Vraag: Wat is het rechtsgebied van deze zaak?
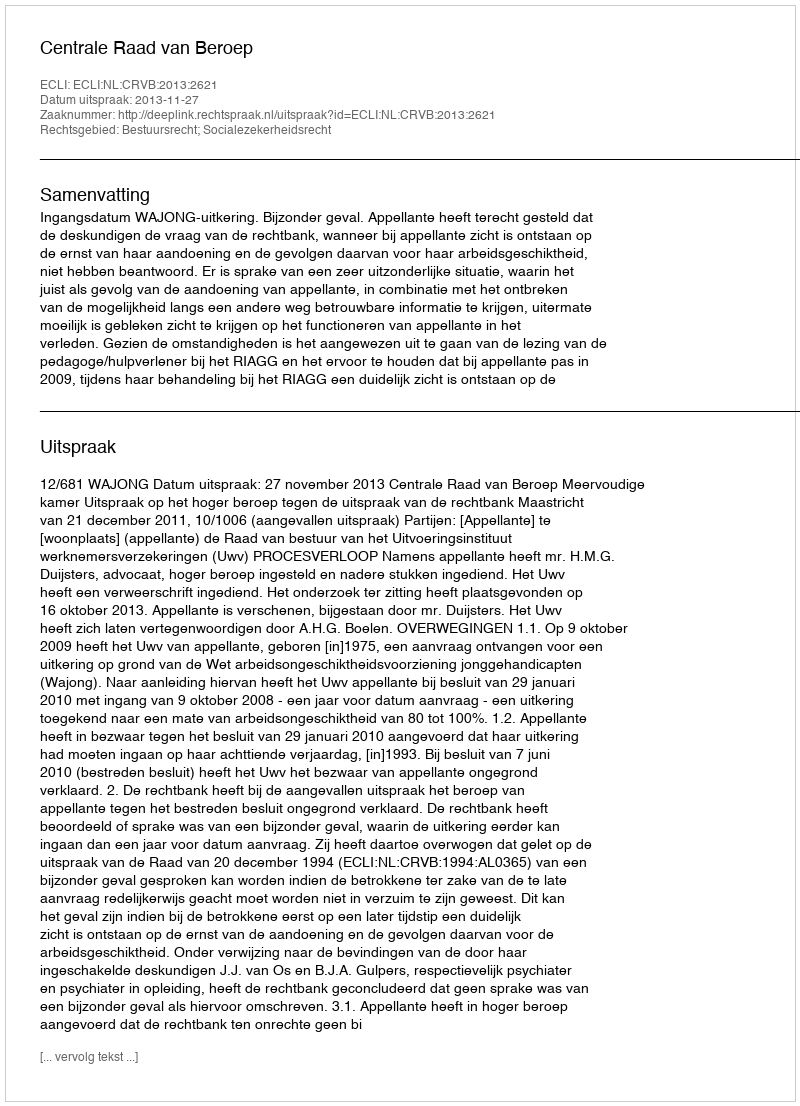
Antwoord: Bestuursrecht; Socialezekerheidsrecht